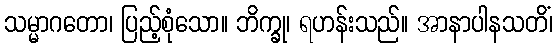
သမ္မာဂတော၊ ပြည့်စုံသော။ ဘိက္ခု၊ ရဟန်းသည်။ အာနာပါနသတိံ၊